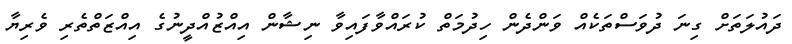
ދައުލަތަށް ގިނަ ދުވަސްތަކެއް ވަންދެން ހިދުމަތް ކުރައްވާފައިވާ ނިޝާން އިއްޒުއްދީނުގެ އިއްޒަތްތެރި ވެރިޔާ